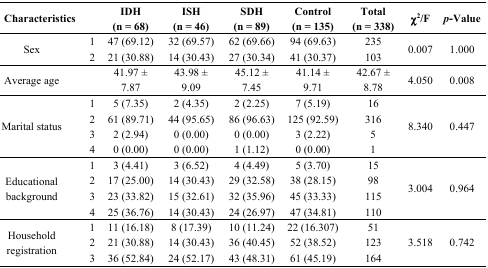
<table><thead><tr><td colspan="2"><b>Characteristics</b></td><td><b>IDH(n = 68)</b></td><td><b>ISH(n = 46)</b></td><td><b>SDH(n = 89)</b></td><td><b>Control (n = 135)</b></td><td><b>Total(n = 338)</b></td><td><b>χ<sup>2</sup>/F</b></td><td><b><i>p</i>-Value</b></td></tr></thead><tbody><tr><td rowspan="2">Sex</td><td>1</td><td>47 (69.12)</td><td>32 (69.57)</td><td>62 (69.66)</td><td>94 (69.63)</td><td>235</td><td rowspan="2">0.007</td><td rowspan="2">1.000</td></tr><tr><td>2</td><td>21 (30.88)</td><td>14 (30.43)</td><td>27 (30.34)</td><td>41 (30.37)</td><td>103</td></tr><tr><td>Average age</td><td></td><td>41.97 ± 7.87</td><td>43.98 ± 9.09</td><td>45.12 ± 7.45</td><td>41.14 ± 9.71</td><td>42.67 ± 8.78</td><td>4.050</td><td>0.008</td></tr><tr><td rowspan="4">Marital status</td><td>1</td><td>5 (7.35)</td><td>2 (4.35)</td><td>2 (2.25)</td><td>7 (5.19)</td><td>16</td><td rowspan="4">8.340</td><td rowspan="4">0.447</td></tr><tr><td>2</td><td>61 (89.71)</td><td>44 (95.65)</td><td>86 (96.63)</td><td>125 (92.59)</td><td>316</td></tr><tr><td>3</td><td>2 (2.94)</td><td>0 (0.00)</td><td>0 (0.00)</td><td>3 (2.22)</td><td>5</td></tr><tr><td>4</td><td>0 (0.00)</td><td>0 (0.00)</td><td>1 (1.12)</td><td>0 (0.00)</td><td>1</td></tr><tr><td rowspan="4">Educational background</td><td>1</td><td>3 (4.41)</td><td>3 (6.52)</td><td>4 (4.49)</td><td>5 (3.70)</td><td>15</td><td rowspan="4">3.004</td><td rowspan="4">0.964</td></tr><tr><td>2</td><td>17 (25.00)</td><td>14 (30.43)</td><td>29 (32.58)</td><td>38 (28.15)</td><td>98</td></tr><tr><td>3</td><td>23 (33.82)</td><td>15 (32.61)</td><td>32 (35.96)</td><td>45 (33.33)</td><td>115</td></tr><tr><td>4</td><td>25 (36.76)</td><td>14 (30.43)</td><td>24 (26.97)</td><td>47 (34.81)</td><td>110</td></tr><tr><td rowspan="3">Household registration</td><td>1</td><td>11 (16.18)</td><td>8 (17.39)</td><td>10 (11.24)</td><td>22 (16.307)</td><td>51</td><td rowspan="3">3.518</td><td rowspan="3">0.742</td></tr><tr><td>2</td><td>21 (30.88)</td><td>14 (30.43)</td><td>36 (40.45)</td><td>52 (38.52)</td><td>123</td></tr><tr><td>3</td><td>36 (52.84)</td><td>24 (52.17)</td><td>43 (48.31)</td><td>61 (45.19)</td><td>164</td></tr></tbody></table>